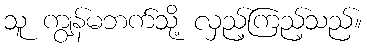
သူ ကျွန်မဘက်သို့ လှည့်ကြည့်သည်။